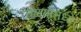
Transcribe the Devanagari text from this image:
तळयामध्ये